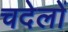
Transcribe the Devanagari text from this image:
चदेलों